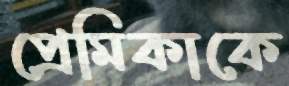
প্রেমিকাকে